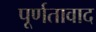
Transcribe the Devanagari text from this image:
पूर्णतावाद